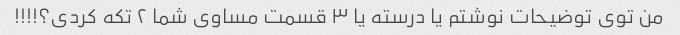
من توی توضیحات نوشتم یا درسته یا ۳ قسمت مساوی شما ۲ تکه کردی؟!!!!